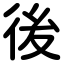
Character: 後